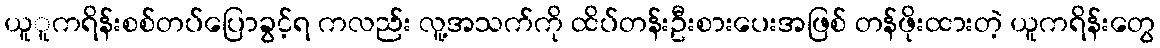
ယူူကရိန်းစစ်တပ်ပြောခွင့်ရ ကလည်း လူ့အသက်ကို ထိပ်တန်းဦးစားပေးအဖြစ် တန်ဖိုးထားတဲ့ ယူကရိန်းတွေ